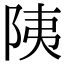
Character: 䧅